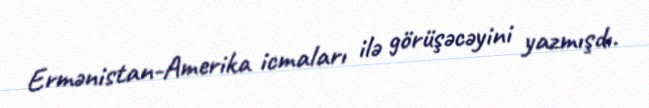
Ermənistan-Amerika icmaları ilə görüşəcəyini yazmışdı.